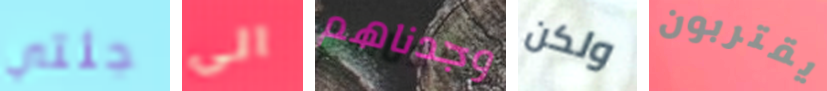
جئتي الى وجدناهم ولكن يقتربون